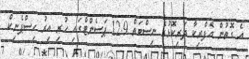
އެ ގޮތުން އެފްރިކާ ދަރިކޮޅުގެ ނިސްބަތް 12.9 ޕަސެންޓްގައި ހުރި އިރު ހިސްޕެނިކް